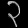
Digit: ၃